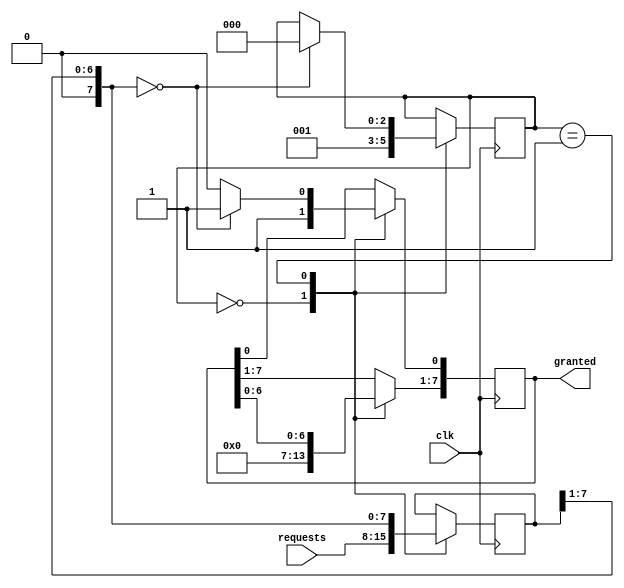
module arbiter(
    input wire clk,
    input wire [7:0] requests,
    output reg [7:0] granted
);

reg [2:0] state = 0;
reg [7:0] priority = 0;

always @ (posedge clk) begin
    case (state)
        0: begin
            priority = requests;
            granted = 8'b00000001;
            state = 1;
        end
        1: begin
            priority = priority >> 1;
            granted = granted << 1;
            if (priority == 0) begin
                granted[0] = 1;
                state = 0;
            end
        end
    endcase
end

endmodule